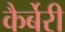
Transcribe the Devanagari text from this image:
कैर्बेरी